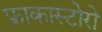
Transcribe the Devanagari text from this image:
फ्राकास्टोरो